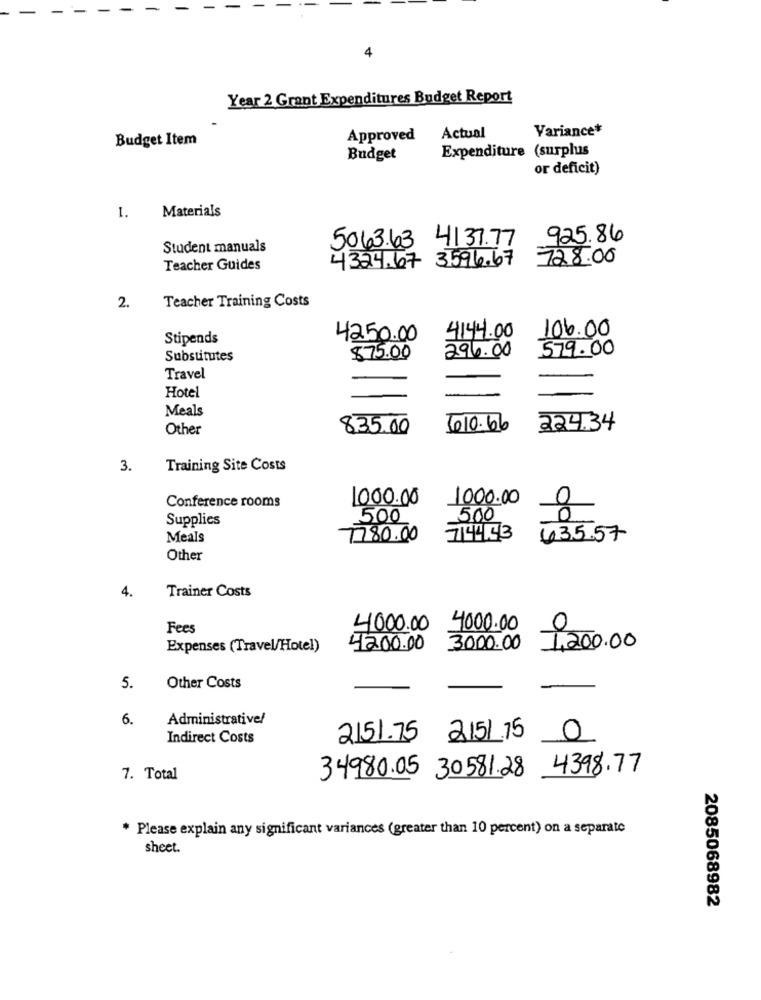
4
Year 2 Grant Expenditures Budget Report
Variance*
Budget Item
Approved
Actual
Expenditure (surplus
Budget
or deficit)
Materials
1.
5063.63 4137.77
925.86
Student manuals
4324.67 3596.67
728.00
Teacher Guides
2.
Teacher Training Costs
106.00
Stipends
4250.00
4144.00
296.00
579.00
Substitutes
$75.00
Travel
Hotel
Meals
Other
835.00
610.66
224.34
3.
Training Site Costs
Conference rooms
1000.00
1000.00
Supplies
500
500
8
Meals
1780.00
744143
635.57
Other
4.
Trainer Costs
Fees
4000.00
4000.00
Expenses (Travel/Hotel)
4200.00
3000.00
£200.00
5.
Other Costs
6.
Administrative/
Indirect Costs
2151.75 2151.75
0
34980.05 30581.28 4398.77
7. Total
* Please explain any significant variances (greater than 10 percent) on a separate
sheet.
2085068982